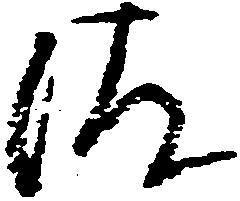
つ